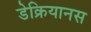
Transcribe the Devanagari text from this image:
डेक्रियानस